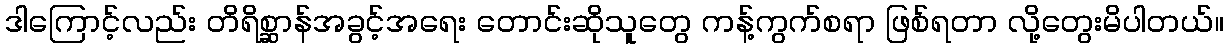
ဒါကြောင့်လည်း တိရိစ္ဆာန်အခွင့်အရေး တောင်းဆိုသူတွေ ကန့်ကွက်စရာ ဖြစ်ရတာ လို့တွေးမိပါတယ်။